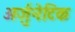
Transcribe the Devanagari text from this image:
अर्जुनेटिक